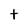
Character: t